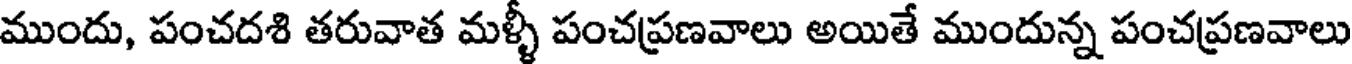
ముందు, పంచదశి తరువాత మళ్ళీ పంచప్రణవాలు అయితే ముందున్న పంచప్రణవాలు